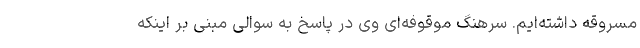
مسروقه داشته‌ایم. سرهنگ موقوفه‌ای وی در پاسخ به سوالی مبنی بر اینکه